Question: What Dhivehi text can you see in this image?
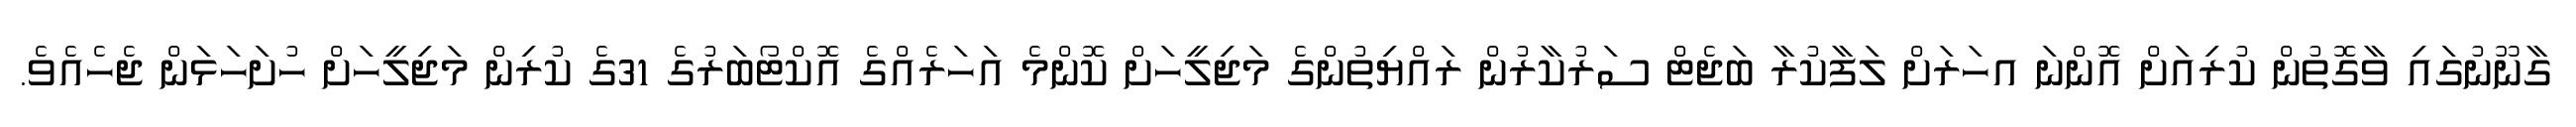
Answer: ގާނޫނުގައި ވާގޮތުން ކުރިއަށް އޮންނަ އހަރަށް ލަފާކުރާ ބަޖެޓް ސަރުކާރުން ރައްޔިތުންގެ މަޖިލީހަށް ކޮންމެ އަހަރެއްގެ އޮކްޓޯބަރުގެ 31ގެ ކުރިން މަޖިލީހަށް ހުށަހަޅަން ޖެހެއެވެ.